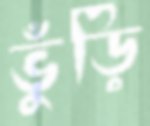
ভুঁড়ি